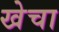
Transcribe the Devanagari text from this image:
खेचा